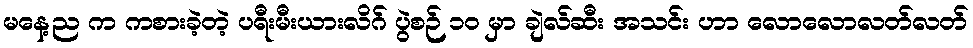
မနေ့ည က ကစားခဲ့တဲ့ ပရီးမီးယားလိဂ် ပွဲစဉ် ၁၀ မှာ ချဲလ်ဆီး အသင်း ဟာ လောလောလတ်လတ်